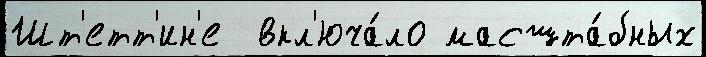
Шт'етт'ин'е  вкл'юча́ло масшта́бных